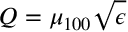
Q = \mu _ { 1 0 0 } \sqrt { \epsilon }